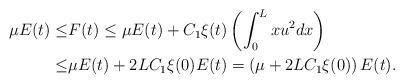
LaTeX: \begin{align*} \mu E(t)\leq& F(t)\leq \mu E(t)+C_1\xi(t)\left(\int_0^L xu^2dx\right)\\ \leq& \mu E(t)+2LC_1\xi(0)E(t)=\left(\mu+2LC_1\xi(0)\right)E(t).\end{align*}